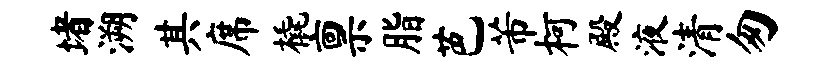
堵溯其席橇禀脂芭芾柯殿液清匆